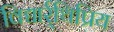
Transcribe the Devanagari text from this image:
विद्यार्र्थिप्रिय